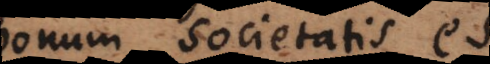
bonum societatis a